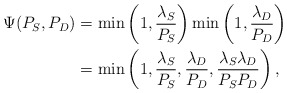
\begin{align*}\Psi(P_{S}, P_{D}) & = \min\left(1, \frac{\lambda_S}{P_S}\right)\min\left(1, \frac{\lambda_D}{P_D}\right) \\& = \min \left( 1, \frac{\lambda_{S}}{P_{S}}, \frac{\lambda_{D}}{P_{D}}, \frac{\lambda_{S}\lambda_{D}}{P_{S} P_{D}} \right),\end{align*}